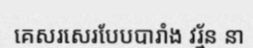
គេសរសេរបែបបារាំង វរ្ម័ន នា